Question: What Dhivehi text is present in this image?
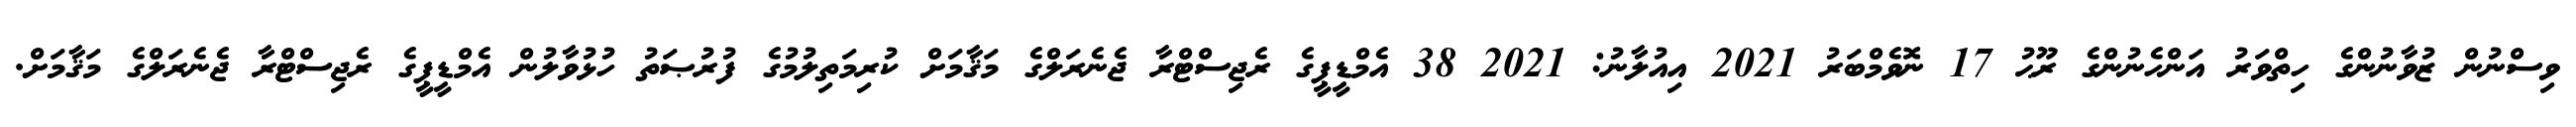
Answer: ވިސްނުން ޒުވާނުންގެ ހިތްވަރު އަންހެނުންގެ ރޫޙު 17 ނޮވެމްބަރު 2021 އިއުލާނު: 2021 38 އެމްޑީޕީގެ ރެޖިސްޓްރާ ޖެނެރަލްގެ މަޤާމަށް ކުރިމަތިލުމުގެ ފުރުޞަތު ހުޅުވާލުން އެމްޑީޕީގެ ރެޖިސްޓްރާ ޖެނެރަލްގެ މަޤާމަށް.